Vital statistics of India. Vol. IV, Annual returns from 1871 to 1876. British Army of India, Native Army and jails of Bengal
Year: 1871
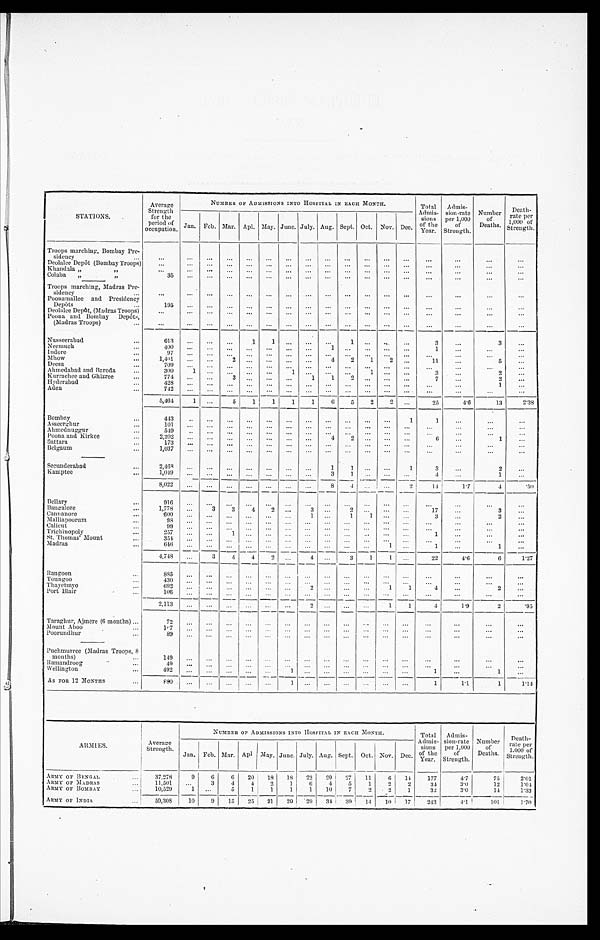
STATIONS.
Average
Strength
for the
period of
occupation.
NUMBER OF ADMISSIONS INTO HOSPITAL IN EACH MONTH.
Total
Admis-
sions
of the
Year.
Admis-
sion-rate
per 1,000
of
Strength.
Number
of
Deaths.
Death
-
rate per
1,000 of
Strength.
Jan. Feb. Mar. Apl. May. June. July. Aug. Sept. Oct. Nov. Dec.
Troops marching, Bombay Pre -
sidency . . .
. . .. . .
. . .
. . .. . .
. . .
. . .
. . .
. . .
. . .
. . .
. . .
. . .
. . .
. . .
. . .
. . .
Deolalee Depôt (Bombay Troops)
. . .
. . .
. . .
. . .. . .
. . . . . .
. . .
. . .
. . .
. . .
. . .
. . .
. . .
. . .
. . . . . .
Khandala " " . . .
. . .
. . .
. . .
. . .
. . .
. . .
. . .
. . .
. . .
. . .
. . .
. . .
. . .
. . .
. . .
. . .
. . .
Colaba " " . . .
3 5
. . .
. . .
. . . . . . . . .
. . .
. . .
. . .
. . .
. . .
. . .
. . .
. . .
. . .
. . . . . .
Troops marching, Madras Pre-
sidency . . .
. . .
. . .
. . .
. . .
. . .
. . .
. . .
. . .
. . .
. . .
. . .
. . .
. . .
. . .
. . .
. . .
. . .
Poonamallee and Presidency
Depôts . . .
195
. . .
. . .
. . .
. . .
. . .
. . .
. . .
. . .
. . .
. . .
. . .
. . .
. . .
. . . . . .
. . .
Deolalee Depôt, (Madras Troops) . . .
. . .
. . .
. . .
. . .
. . .
. . .
. . .
. . .
. . .
. . .
. . .
. . .
. . .
. . .
. . .
. . .
. . .
Poona and Bombay Depôts,
(Madras Troops) . . .
. . .
. . .
. . .
. . .
. . .
. . .
. . .
. . .
. . .
. . .
. . .
. . .
. . .
. . .
. . .
. . .
. . .
Nusseerabad . . .
613
. . .
. . .
. . .
1
1 . . .
. . .
. . .
1
. . .
. . . . . .
3
. . .
3
. . .
Neemuch . . .
4 0 0
. . .
. . .
. . . . . .
. . . . . .
. . .
1
. . .
. . .
. . . . . .
1
. . .
. . .
. . .
Indore . . .
9 7
. . .
. . .
. . . . . .
. . . . . .
. . .
. . .
. . .
. . .
. . . . . .
. . .
. . .
. . .
. . .
Mhow . . .
1 , 4 0 1
. . .
. . .
2 . . .
. . . . . .
. . .
4
2
1
2 . . .
1 1. . .
5
. . .
Deesa . . .
709
. . .
. . .
. . . . . .
. . . . . .
. . .
. . .
. . .
. . .
. . .
. . .
. . .
. . .
. . .
. . .
Ahmedabad and Baroda . . .
300
1
. . .
. . .
. . .
. . .
1
. . .
. . .
. . .
1
. . . . . .
3
. . .
2
. . .
Kurrachee and Ghizree . . .
7 7 4 . . .
. . .
3
. . .
. . .
. . .
1
1
2
. . .
. . . . . .
7 . . .
2
. . .
Hyderabad . . .
4 2 8 . . .
. . .
. . . . . .
. . .
. . .
. . .
. . .
. . .
. . .
. . . . . .
. . .
. . .
1
. . .
Aden . . .
7 4 2 . . .
. . .
. . . . . .
. . .
. . .
. . .
. . .
. . .
. . .
. . .
. . .
. . .
. . .
. . .
. . .
5,464
1
. . .
5 —1
1
1
1
6
5
2
2
. . .
25
4.6
13
2.38
Bombay
443
. . .
. . .
. . .
. . .
. . .
. . .
. . .
. . .
. . .
. . .
. . .
1
1
. . .
. . .
. . .
Asseerghur . . .
101
. . .
. . .
. . . . . .
. . . . . .
. . .
. . .
. . .
. . .
. . .
. . .
. . .
. . .
. . .
. . .
Ahmednuggur . . .
549
. . .
. . .
. . .
. . .
. . .
. . .
. . .
. . .
. . .
. . .
. . .
. . .
. . .
. . .
. . .
. . .
P o o n a a n d K i r k e e . . .
2,202
. . .
. . . . . .
. . .
. . .
. . .
. . .
4
2
. . .
. . . . . .
6
. . .
1
. . .
Sattara . . .
1 7 3
. . .
. . .
. . . . . .
. . .
. . .
. . .
. . .
. . .
. . .
. . .
. . .
. . .
. . .
. . .
. . .
Belgaum . . .
1,037
. . .
. . .
. . . . . .
. . .
. . .
. . .
. . .
. . .
. . .
. . .
. . .
. . .
. . .
. . .
. . .
Secunderabad . . .
2 , 4 6 8
. . .
. . .
. . . . . .
. . . . . .
. . .
1
1
. . .
. . .
1
3
. . .
2
. . .
Kamptee . ..
1,049
. . .
. . .
. . .
. . .
. . .
. . .
. . .
3
1
. . .
. . .
. . .
4 . . .
1 . . .
8 , 0 2 2
. . .
. . .
. . . . . .
. . . . . .
. . .
8
4
. . .
. . .
2
14
1.7
4
. 5 0
Bellary . . .
916
. . .
. . .
. . . . . .
. . . . . .
. . .
. . .
. . .
. . .
. . .. . .
. . .
. . .
. . .
. . .
Bangalore . . .
1,778
. . .
3
3
4
2
. . .
3
. . .
2
. .
. . .. . .
17
. . .
3
. . .
Cannanore . . .
6 0 0
. . .
. . .
. . .. . .
. . . . . .
1
. . .
1
1
. . . . . .
3 . . .
2
. . .
Malliapoorum . . .
98
. . .
. . .
. . .
. . .
. . .
. . .
. . .
. . .
. . .
. . .
. . .
. . .
. . .
. . .
. . . . . .
Calicut . . .
9 9
. . .
. . .
. . . . . .
. . . . . .
. . .
. . .
. . .
. . .
. . .
. . .
. . .
. . . . . .
. . .
Trichinopoly . . .
257
. . .
. . .
1
. . .
. . .
. . .
. . .
. . .
. . .
. . .
. . .
. . .
1
. . .
. . .
. . .
St. Thomas' Mount . . .
3 5 4
. . .
. . .
. . . . . .
. . . . . .
. . .
. . .
. . .
. . .
. . . . . .
. . .
. . .
. . .
. . .
Madras . . .
6 4 6
. . .
. . .
. . .
. . .
. . .
. . .
. . .
. . .
. . .
. . .
1
. . .
1 . . .
1
. . .
4,748
. . .
3
4
4
2
. . .
. . .
. . .
3
1
1
. . .
22
4.6
6
1.27
Rangoon . . .
8 8 5
. . .
. . .
. . .
. . .
. . .
. . .
. . .
. . .
. . .
. . .
. . . . . .
. . .
. . .
. . .
. . .
Toungoo . . .
4 3 0
. . .
. . .
. . .. . .
. . .
. . .
. . .
. . . . . .
. . .
. . .
. . .
. . . . . .
. . .
. . .
Thayetmyo . . .
6 9 2
. . .
. . .
. . .. . .
. . .
. . .
2
. . .
. . .
. . .
1
1
4
. . .
2
. . .
Port Blair . . .
1 0 6
. . .
. . .
. . .. . .
. . .
. . . . . .
. . .
. . .
. . .
. . .
. . .
. . . . . .
. . .
. . .
2,113
. . . . . .
. . .
. . .
. . .
. . .
2
. . .
. . . . . .
1
1
4
1 . 9
2
. 9 5
Taraghur, Ajmere (6 months) . . .
72
. . .
. . .
. . .
. . .
. . .
. . .
. . .
. . .
. . .
. . .
. . .
. . .
. . .
. . .
. . .
. . .
Mount Aboo . . .
1 0 7
. . .
. . .
. . .. . .
. . . . . .
. . .
. . .
. . .
. . .
. . . . . .
. . .
. . .
. . .
. . .
Poorundhur . . .
89
. . .
. . .
. . .
. . .
. . .
. . .
. . .
. . .
. . .
. . .
. . .
. ..
. . .
. . .
. . .
. . .
Puchmurree (Madras Troops, 8
months) . . .
149
. . .
. . .
. . .
. . .
. . .
. . .
. . .
. . .
. . .
. . .
. . .
. . .
. . .
. . .
. . .
. . .
Ramandroog . . .
4 9
. . .
. . .
. . . . . .
. . .. . .
. . .
. . .
. . .
. . .
. . .. . .
. . .
. . . . . .
. . .
Wellington . . .
4 9 2
. . .
. . .
. . . . . .
. . .1
. . .
. . .
. . .
. . .
. . .. . .
1
. . .
1
. . .
AS FOR 12 MONTHS . . .
8 8 0
. . .
. . .
1
. . .
. . .. . .
. . .
. . .
. . .
. . .
. . .. . .
1
1 . 1
1
1.14
ARMIES.
NUMBER OF ADMISSIONS INTO HOSPITAL IN EACH MONTH.
Total
Admis-
sions
of the
Year.
Admis-
sion-rate
per 1,000
o f
Strength.
Number
o f
Deaths.
Death-
rate per
1.000 of
Strength.
Average
Strength.
Jan. Feb. Mar. Apl. May. June. July. Aug. Sept. Oct. Nov. Dec.
ARMY OF BENGAL . . .
37,278
9
6
6
20
18
18
22
20
27
11
6
14
177
4.7
75
2.01
ARMY OF MADRAS . . .
11,501
. . .
3
4
4
2
1
6
4
5
1
2
2
34
3.0
12
1.04
ARMY OF BOMBAY . . .
10,529
1
. . .
5
1
1
1
1
10
7
2
2
1
32
3.0
14
1.33
ARMY OF INDIA
59,308
10
9
15
25
21
20
29
34
39
14
10
17
243
4.1
101
1.70